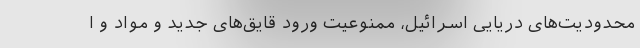
محدودیت‌های دریایی اسرائیل، ممنوعیت ورود قایق‌های جدید و مواد و ا